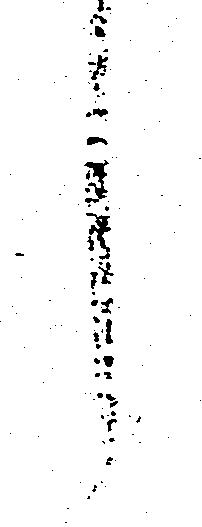
し